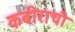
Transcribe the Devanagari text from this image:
कबीराची